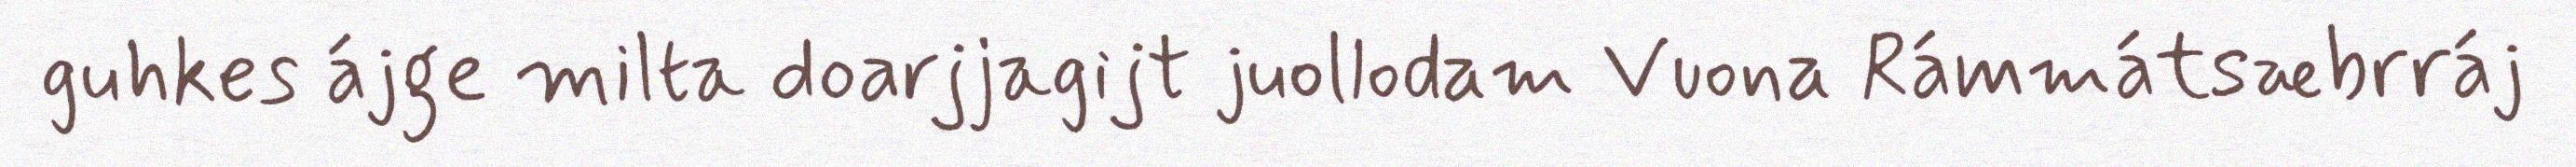
guhkes ájge milta doarjjagijt juollodam Vuona Rámmátsæbrráj